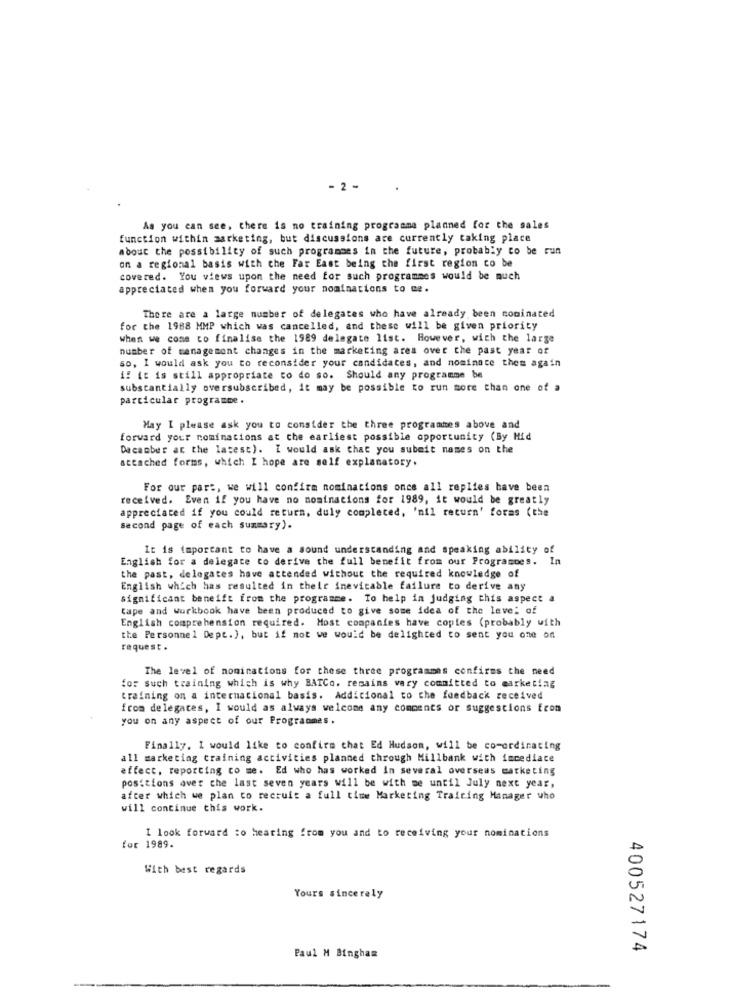
- 2 -
As you can see, there is no training programme planned for the sales
function within marketing, but discussions are currently taking place
about the possibility of such programmes in the future, probably co be run
on a regional basis with che Far East being the first region co be
covered. You views upon the need for such programmes would be much
appreciated when you forward your nominations to me.
There are a large number of delegates who have already been coninated
for the 1988 MMP which was cancelled, and these will be given priority
when we come to finalise the 1989 delegate list. However, wich the large
number of management changes in the marketing area over the past year of
so, I would ask you to reconsider your candidates, and nominate them again
i! it is still appropriate to do so. Should any programme be
substantially oversubscribed, it may be possible to run more than one of a
particular programme.
May I please ask you to consider the three programmes above and
forward your nominations at the earliest possible opportunity (By Hid
Dacanber at the latest). I would ask that you submit names on the
attached forms, which I hope are self explanatory.
For our part, we will confirm nominations once all replies have been
received. Even if you have no nominations for 1989, it would be greatly
appreciated if you could return, duly completed, 'mil return' foras (the
second page of each summary).
It is important to have a sound understanding and speaking ability of
English for a delegate to derive the full benefit from our Programmes. In
the past, delegates have attended without the required knowledge of
English which has resulted in their inevicable failure to derive any
significant beneift from the programme. To help in judging this aspect a
tape and workbook have been produced to give some idea of the level of
English comprehension required. Most companies have copies (probably with
the Personne 1 Dept.), but if not we would be delighted to sent you one on
request .
The level of nominations for these three programmes confirms the need
for such training which is why BATCo. remains vary committed to marketing
training on a internacional basis. Additional to the feedback received
from delegates, I would as always welcome any comments or suggestions from
you on any aspect of our Programmes.
Finally. I would like to confirm that Ed Hudson, will be co-ordinating
all marketing training activities planned through Millbank with imcediace
effect, reporting co me. Ed who has worked In several overseas marketing
positions over the last seven years will be with me until July next year,
after which we plan to recruit a full time Marketing Training Manager who
will continue this work.
I look forward to hearing from you and to receiving your nominations
for 1989.
With best regards
Yours sincerely
400527174
Paul M Bingham